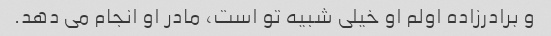
و برادرزاده اولم او خیلی شبیه تو است، مادر او انجام می دهد.